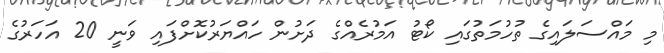
މި މައްސަލައިގެ ތުހުމަތުގައި ކޯޓު އަމުރެއްގެ ދަށުން ހައްޔަރުކޮށްފައި ވަނީ 20 އަހަރުގެ